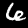
Digit: 6